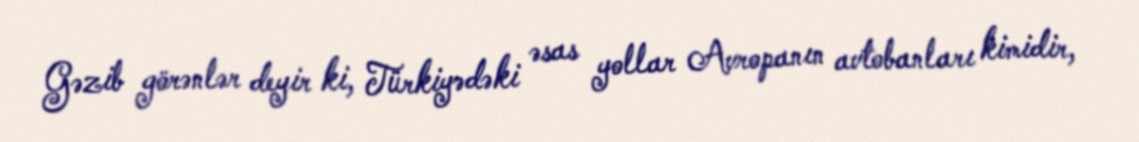
Gəzib görənlər deyir ki, Türkiyədəki əsas yollar Avropanın avtobanları kimidir,